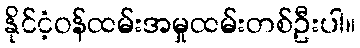
နိုင်ငံ့ဝန်ထမ်းအမှုထမ်းတစ်ဦးပါ။